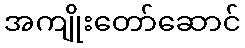
အကျိုးတော်ဆောင်